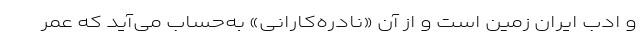
و ادب ایران زمین است و از آن «نادره‌کارانی» به‌حساب می‌آید که عمر